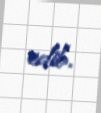
edib.